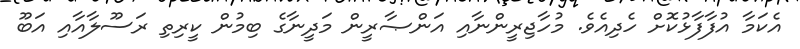
އެކަމާ އުފާފާޅުކޮށް ހެދިއެވެ. މުހާޖިރީންނާއި އަންޞާރީން މަދީނާގެ ބިމުން ކީރިތި ރަސޫލާއާއި އަބޫ